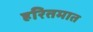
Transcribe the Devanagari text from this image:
हरितमात